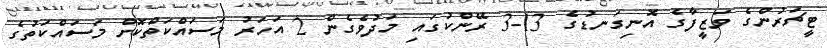
ޓީޗަރުންގެ ވަޒީފާގެ އޮނިގަނޑުގެ 13-3 ރޭންކުގައި މަދުވެގެން 2 އަހަރު މަސައްކަތްކޮށް މަސައްކަތުގެ